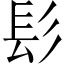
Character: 髟